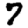
Digit: 7